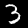
Label: 3